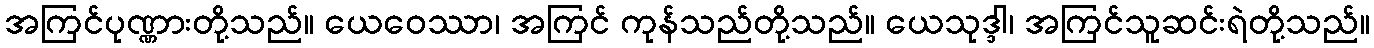
အကြင်ပုဏ္ဏားတို့သည်။ ယေဝေဿာ၊ အကြင် ကုန်သည်တို့သည်။ ယေသုဒ္ဒါ၊ အကြင်သူဆင်းရဲတို့သည်။